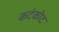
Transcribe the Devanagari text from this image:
कटंकोट